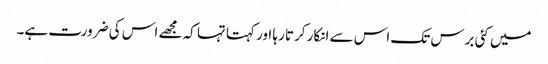
میں کئی برس تک اس سے انکار کرتا رہا اور کہتا تہا کہ مجھے اس کی ضرورت ہے۔